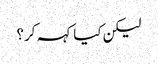
لیکن کیا کہہ کر؟